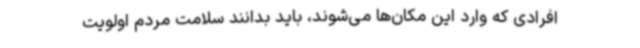
افرادی که وارد این مکان‌ها می‌شوند، باید بدانند سلامت مردم اولویت